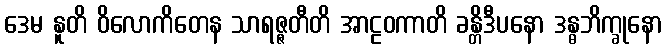
ဒေမ နူတိ ဝိလောကိတေန သာရဇ္ဇတီတိ အာဠဝကာတိ ခန္တိဒီပနော ဒန္ဓဘိက္ခုနော